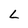
Character: L